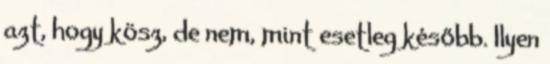
azt, hogy kösz, de nem, mint esetleg később. Ilyen